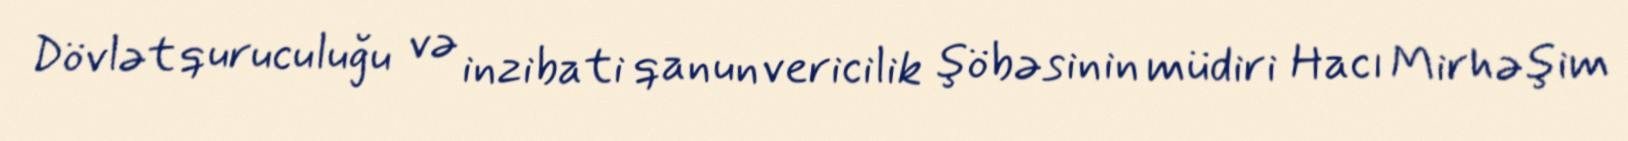
Dövlət quruculuğu və inzibati qanunvericilik şöbəsinin müdiri Hacı Mirhəşim